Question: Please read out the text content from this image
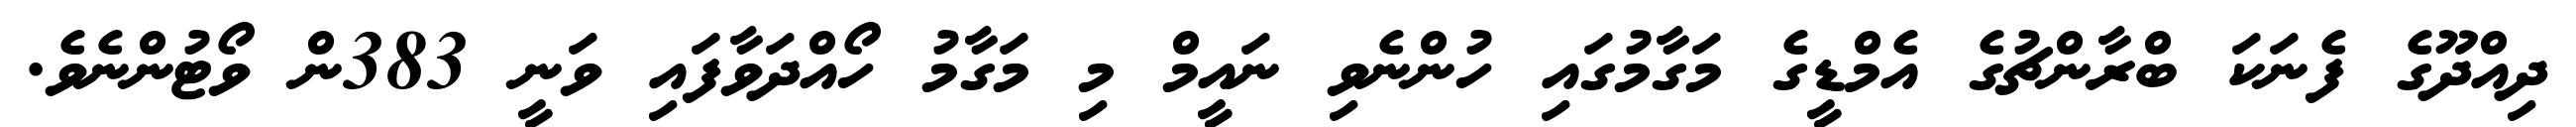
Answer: ދިއްދޫގެ ފެނަކަ ބްރާންޗުގެ އެމްޑީގެ މަގާމުގައި ހުންނެވި ނައީމް މި މަގާމު ހޯއްދަވާފައި ވަނީ 383ން ވޯޓުންނެވެ.